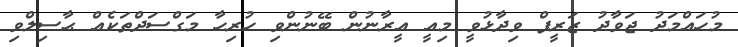
މުހައްމަދު ޖަވާދު ޒަރީފް ވިދާޅުވީ މިއީ އީރާނުން ބޭނުންވި ހުރިހާ މަގްސަދްތަކެއް ޙާސިލްވި